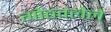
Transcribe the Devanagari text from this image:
गोठवलेले